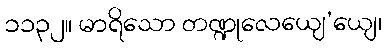
၁၁၃၂။ မာရိသော တဏ္ဍုလေယျေ’ယျေ၊